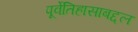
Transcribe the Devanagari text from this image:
पूर्वेतिहासाबद्दल